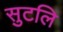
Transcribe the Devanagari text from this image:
सुटलि